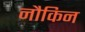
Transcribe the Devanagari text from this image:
नौकिन